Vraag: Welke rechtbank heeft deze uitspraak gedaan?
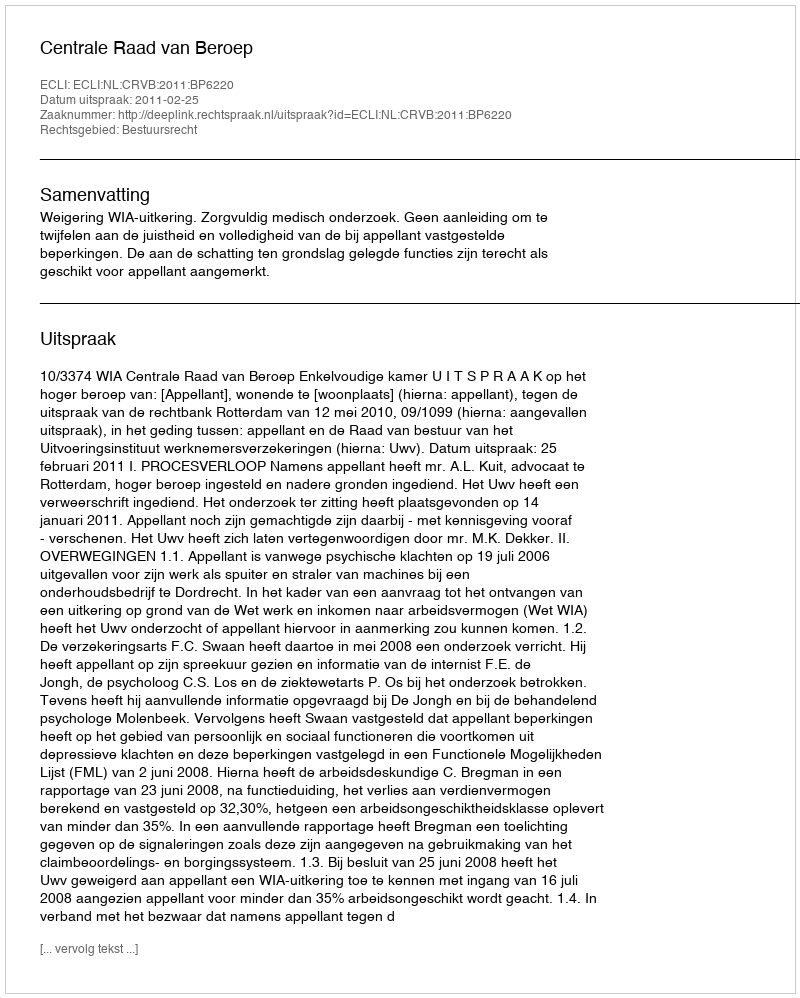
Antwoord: Centrale Raad van Beroep